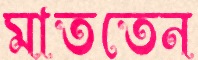
মাততেন